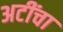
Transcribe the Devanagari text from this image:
अटींचा